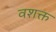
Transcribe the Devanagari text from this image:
वशक्त